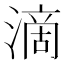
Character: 滴